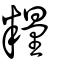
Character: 糧